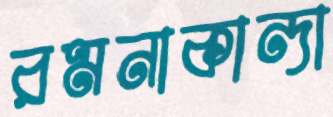
রমনাকান্দা